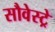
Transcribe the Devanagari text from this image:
सौवेस्ट्रे